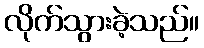
လိုက်သွားခဲ့သည်။